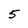
Character: 5